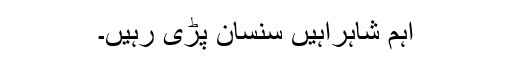
اہم شاہراہیں سنسان پڑی رہیں۔